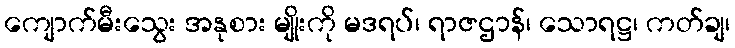
ကျောက်မီးသွေး အနုစား မျိုးကို မဒရပ်၊ ရာဇဌာန်၊ သောရဋ္ဌ၊ ကတ်ချ၊